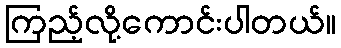
ကြည့်လို့ကောင်းပါတယ်။